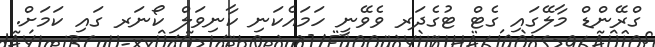
ގްރޭންޑް މާލޭގައި ގެޓް ޓުގެދަރ ވެވޭނީ ހަމައެކަނި ކާނިވަލް ކޯނަރ ގައި ކަމަށް.